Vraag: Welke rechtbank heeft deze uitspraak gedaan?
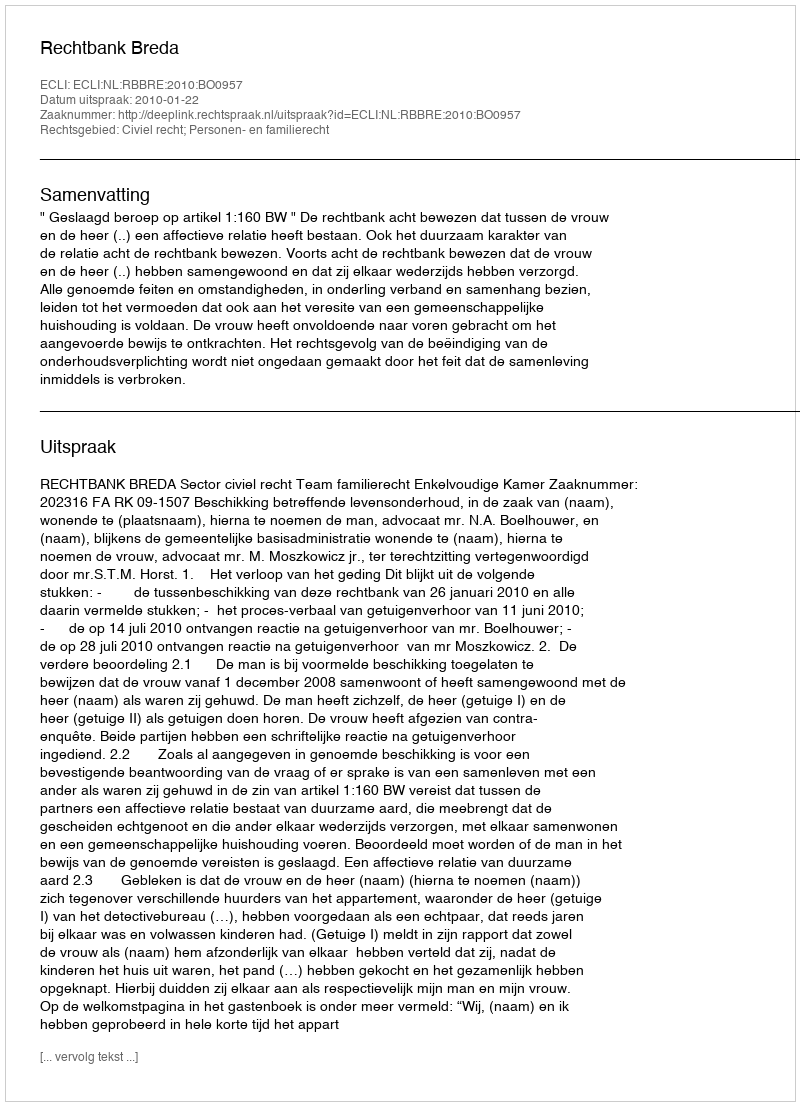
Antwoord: Rechtbank Breda